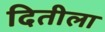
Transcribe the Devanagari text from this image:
दितीला